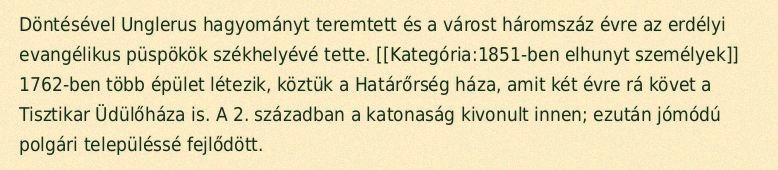
Döntésével Unglerus hagyományt teremtett és a várost háromszáz évre az erdélyi evangélikus püspökök székhelyévé tette. [[Kategória:1851-ben elhunyt személyek]] 1762-ben több épület létezik, köztük a Határőrség háza, amit két évre rá követ a Tisztikar Üdülőháza is. A 2. században a katonaság kivonult innen; ezután jómódú polgári településsé fejlődött.